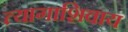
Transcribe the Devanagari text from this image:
त्यागाशिवाय